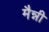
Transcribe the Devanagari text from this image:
मैन्नी